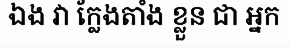
ឯង វា ក្លែងតាំង ខ្លួន ជា អ្នក